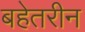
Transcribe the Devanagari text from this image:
बहेतरीन